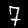
Digit: 7